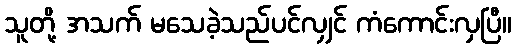
သူတို့ အသက် မသေခဲ့သည်ပင်လျှင် ကံကောင်းလှပြီ။